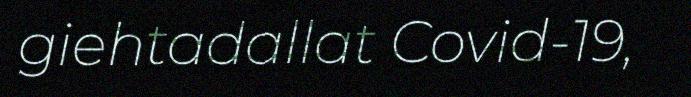
giehtadallat Covid-19,